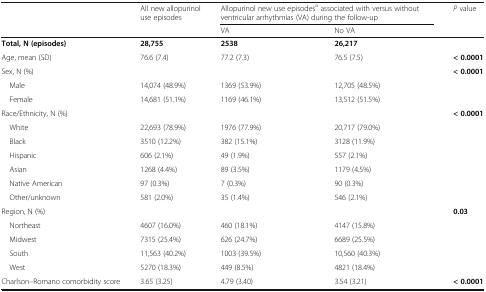
<table><thead><tr><td rowspan="2"></td><td><b>All new allopurinol use episodes</b></td><td colspan="2"><b>Allopurinol new use episodes<sup>a</sup> associated with versus without ventricular arrhythmias (VA) during the follow-up</b></td><td><b><i>P</i> value</b></td></tr><tr><td></td><td><b>VA</b></td><td><b>No VA</b></td><td></td></tr></thead><tbody><tr><td><b>Total, N (episodes)</b></td><td><b>28,755</b></td><td><b>2538</b></td><td><b>26,217</b></td><td></td></tr><tr><td>Age, mean (SD)</td><td>76.6 (7.4)</td><td>77.2 (7.3)</td><td>76.5 (7.5)</td><td><b>&lt; 0.0001</b></td></tr><tr><td>Sex, N (%)</td><td></td><td></td><td></td><td><b>&lt; 0.0001</b></td></tr><tr><td> Male</td><td>14,074 (48.9%)</td><td>1369 (53.9%)</td><td>12,705 (48.5%)</td><td></td></tr><tr><td> Female</td><td>14,681 (51.1%)</td><td>1169 (46.1%)</td><td>13,512 (51.5%)</td><td></td></tr><tr><td>Race/Ethnicity, N (%)</td><td></td><td></td><td></td><td><b>&lt; 0.0001</b></td></tr><tr><td> White</td><td>22,693 (78.9%)</td><td>1976 (77.9%)</td><td>20,717 (79.0%)</td><td></td></tr><tr><td> Black</td><td>3510 (12.2%)</td><td>382 (15.1%)</td><td>3128 (11.9%)</td><td></td></tr><tr><td> Hispanic</td><td>606 (2.1%)</td><td>49 (1.9%)</td><td>557 (2.1%)</td><td></td></tr><tr><td> Asian</td><td>1268 (4.4%)</td><td>89 (3.5%)</td><td>1179 (4.5%)</td><td></td></tr><tr><td> Native American</td><td>97 (0.3%)</td><td>7 (0.3%)</td><td>90 (0.3%)</td><td></td></tr><tr><td> Other/unknown</td><td>581 (2.0%)</td><td>35 (1.4%)</td><td>546 (2.1%)</td><td></td></tr><tr><td>Region, N (%)</td><td></td><td></td><td></td><td><b>0.03</b></td></tr><tr><td> Northeast</td><td>4607 (16.0%)</td><td>460 (18.1%)</td><td>4147 (15.8%)</td><td></td></tr><tr><td> Midwest</td><td>7315 (25.4%)</td><td>626 (24.7%)</td><td>6689 (25.5%)</td><td></td></tr><tr><td> South</td><td>11,563 (40.2%)</td><td>1003 (39.5%)</td><td>10,560 (40.3%)</td><td></td></tr><tr><td> West</td><td>5270 (18.3%)</td><td>449 (8.5%)</td><td>4821 (18.4%)</td><td></td></tr><tr><td>Charlson–Romano comorbidity score</td><td>3.65 (3.25)</td><td>4.79 (3.40)</td><td>3.54 (3.21)</td><td><b>&lt; 0.0001</b></td></tr></tbody></table>